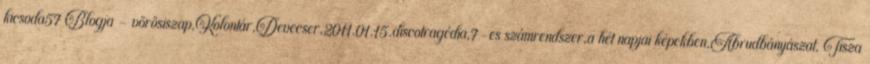
kicsoda57 Blogja - vörösiszap,Kolontár,Devecser,2011.01.15.discotragédia,7-es számrendszer,a hét napjai képekben,Abrudbányászat, Tisza